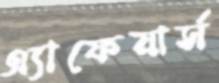
এ্যাফেয়ার্স